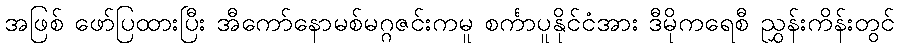
အဖြစ် ဖော်ပြထားပြီး အီကော်နောမစ်မဂ္ဂဇင်းကမူ စင်္ကာပူနိုင်ငံအား ဒီမိုကရေစီ ညွှန်းကိန်းတွင်